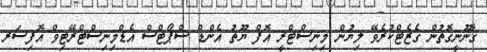
ޤާނޫނީގޮތުން ގެޒެޓްކުރެވޭ ލިޔުން މިނިސްޓްރީ އޮފް ޔޫތު އެންޑް ސްޕޯޓްސް އެޑްމިނިސްޓްރޭޓިވް އޮފިސަރ